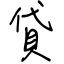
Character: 貸